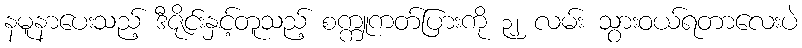
နမူနာပေးသည့် ဒီဇိုင်းနှင့်တူသည့် စက္ကူကတ်ပြားကို ၃၂ လမ်း သွားဝယ်ရတာလေးပဲ